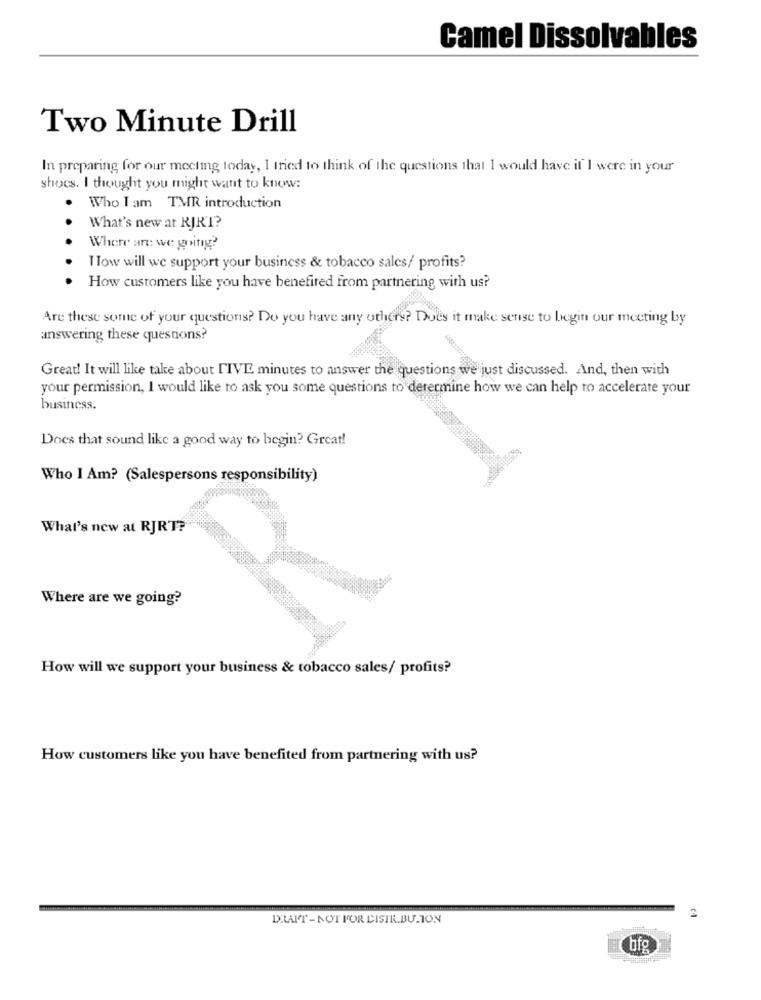
Camel Dissolvables
Two Minute Drill
In preparing for our meeting today, I tried to think of the questions that I would have if I were in your
shoes. I thought you might want to know:
.
Who I am TMR introduction
What's new at RJRT?
Where are we going?
Tow will we support your business & tobacco sales/ profits?
How customers like you have benefited from partnering with us?
Are these some of your questions? Do you have any others? Does it make sense to begin our meeting by
answering these questions?
Great! It will like take about FIVE minutes to answer the questions we just discussed. And, then with
your permission, I would like to ask you some questions to determine how we can help to accelerate your
business.
Does that sound like a good way to begin? Great!
Who I Am? (Salespersons responsibility)
What's new at RJRT?
Where are we going?
How will we support your business & tobacco sales/ profits?
How customers like you have benefited from partnering with us?
DRAIT- NOT FOR DISTR.BU. ION